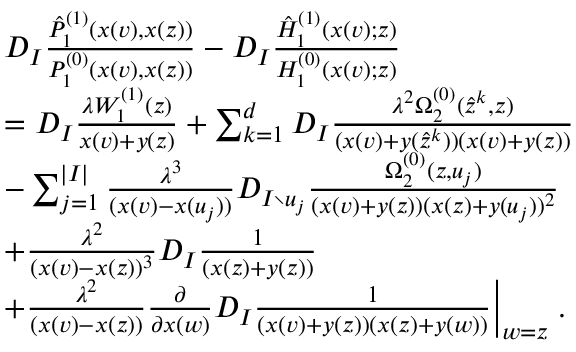
\begin{array} { r l } & { D _ { I } \frac { \hat { P } _ { 1 } ^ { ( 1 ) } ( x ( v ) , x ( z ) ) } { P _ { 1 } ^ { ( 0 ) } ( x ( v ) , x ( z ) ) } - D _ { I } \frac { \hat { H } _ { 1 } ^ { ( 1 ) } ( x ( v ) ; z ) } { H _ { 1 } ^ { ( 0 ) } ( x ( v ) ; z ) } } \\ & { = D _ { I } \frac { \lambda W _ { 1 } ^ { ( 1 ) } ( z ) } { x ( v ) + y ( z ) } + \sum _ { k = 1 } ^ { d } D _ { I } \frac { \lambda ^ { 2 } \Omega _ { 2 } ^ { ( 0 ) } ( \hat { z } ^ { k } , z ) } { ( x ( v ) + y ( \hat { z } ^ { k } ) ) ( x ( v ) + y ( z ) ) } } \\ & { - \sum _ { j = 1 } ^ { | I | } \frac { \lambda ^ { 3 } } { ( x ( v ) - x ( u _ { j } ) ) } D _ { I \setminus u _ { j } } \frac { \Omega _ { 2 } ^ { ( 0 ) } ( z , u _ { j } ) } { ( x ( v ) + y ( z ) ) ( x ( z ) + y ( u _ { j } ) ) ^ { 2 } } } \\ & { + \frac { \lambda ^ { 2 } } { ( x ( v ) - x ( z ) ) ^ { 3 } } D _ { I } \frac { 1 } { ( x ( z ) + y ( z ) ) } } \\ & { + \frac { \lambda ^ { 2 } } { ( x ( v ) - x ( z ) ) } \frac { \partial } { \partial x ( w ) } D _ { I } \frac { 1 } { ( x ( v ) + y ( z ) ) ( x ( z ) + y ( w ) ) } \Big | _ { w = z } \; . } \end{array}